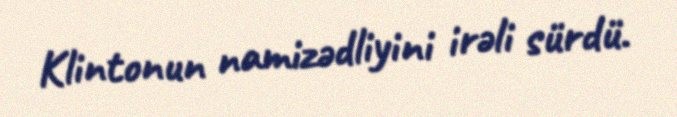
Klintonun namizədliyini irəli sürdü.